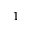
1